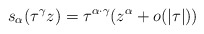
\begin{align*} s_{\alpha}(\tau^{\gamma}z)=\tau^{\alpha\cdot \gamma}(z^{\alpha}+o(|\tau|))\end{align*}